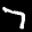
Label: 7